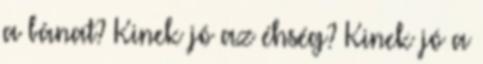
a bánat? Kinek jó az éhség? Kinek jó a